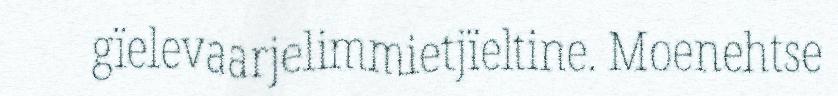
gïelevaarjelimmietjïeltine. Moenehtse